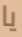
يا